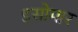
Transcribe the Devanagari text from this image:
इसोमार